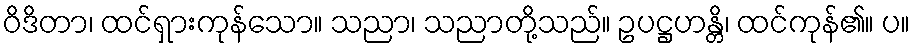
ဝိဒိတာ၊ ထင်ရှားကုန်သော။ သညာ၊ သညာတို့သည်။ ဥပဋ္ဌဟန္တိ၊ ထင်ကုန်၏။ ပ။